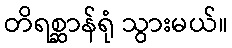
တိရစ္ဆာန်ရုံ သွားမယ်။